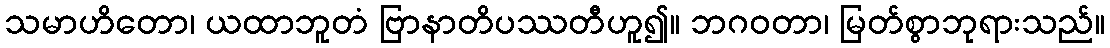
သမာဟိတော၊ ယထာဘူတံ ဗြာနာတိပဿတီဟူ၍။ ဘဂဝတာ၊ မြတ်စွာဘုရားသည်။